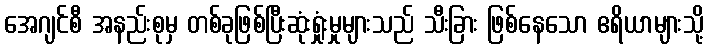
အေဂျင်စီ အနည်းစုမှ တစ်ခုဖြစ်ပြီးဆုံးရှုံးမှုများသည် သီးခြား ဖြစ်နေသော ဧရိယာများသို့